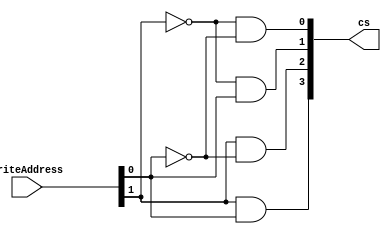
module Decoder_v2(writeAddress, cs); 
output [3:0] cs; 
input [1:0]writeAddress; 

assign cs[0] = ~writeAddress[1] & ~writeAddress[0];
assign cs[1] = ~writeAddress[1] & writeAddress[0];
assign cs[2] = writeAddress[1] & ~writeAddress[0];
assign cs[3] = writeAddress[1] & writeAddress[0];
//input en; 

/*always @(writeAddress or en)   begin 
	if (en == 1'b1) 
case (writeAddress) 
2'b00: {cs0, cs1, cs2, cs3} = 4'b1000;
2'b01: {cs0, cs1, cs2, cs3} = 4'b0100;
2'b10: {cs0, cs1, cs2, cs3} = 4'b0010;
2'b11: {cs0, cs1, cs2, cs3} = 4'b0001;

default: {cs0, cs1, cs2, cs3} = 4'bz; 
endcase 
//if (en == 0) {cs0, cs1, cs2, cs3} = 4'b0000; 
end */
endmodule